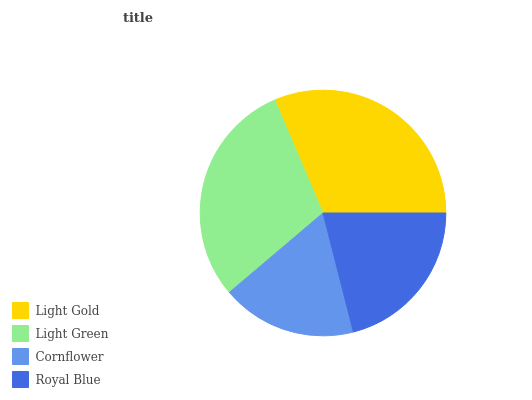
| Light Gold | Light Green | Cornflower | Royal Blue |
 | --- | --- | --- | --- |
 | 31.4% | 29.8% | 17.8% | 21% |